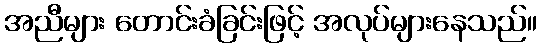
အညီများ တောင်းခံခြင်းဖြင့် အလုပ်များနေသည်။